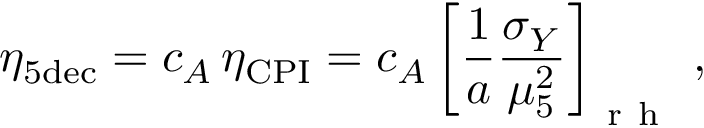
\eta _ { 5 \mathrm { d e c } } = c _ { A } \, \eta _ { \mathrm { C P I } } = c _ { A } \left[ \frac { 1 } { a } \frac { \sigma _ { Y } } { \mu _ { 5 } ^ { 2 } } \right] _ { \mathrm { ~ r ~ h ~ } } \, ,